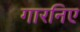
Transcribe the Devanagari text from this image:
गारनिए